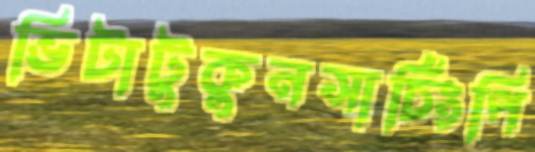
ভিটাটুকুনসার্চিংপি